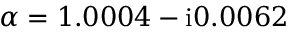
\alpha = 1 . 0 0 0 4 - \mathrm { i } 0 . 0 0 6 2